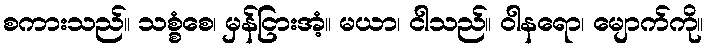
စကားသည်။ သစ္စံစေ၊ မှန်ငြားအံ့။ မယာ၊ ငါသည်။ ဝါနရော၊ မျောက်ကို။